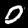
Label: 0